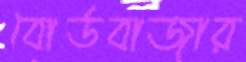
বোর্ডবাজার